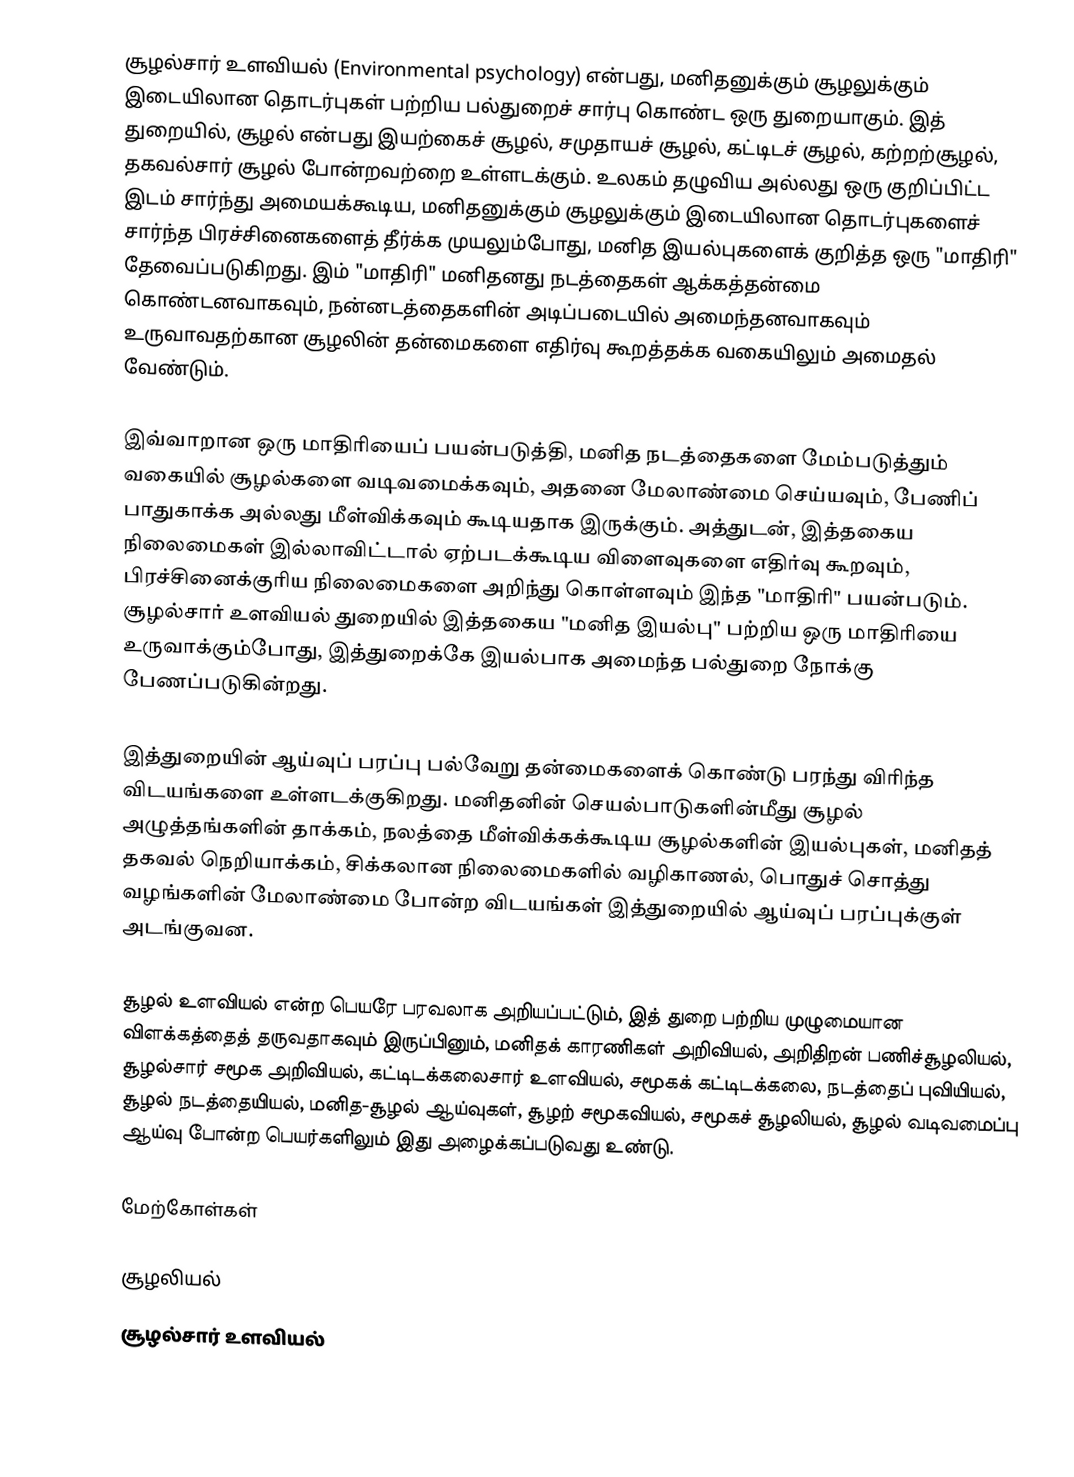
சூழல்சார் உளவியல் (Environmental psychology) என்பது, மனிதனுக்கும் சூழலுக்கும் இடையிலான தொடர்புகள் பற்றிய பல்துறைச் சார்பு கொண்ட ஒரு துறையாகும். இத் துறையில், சூழல் என்பது இயற்கைச் சூழல், சமுதாயச் சூழல், கட்டிடச் சூழல், கற்றற்சூழல், தகவல்சார் சூழல் போன்றவற்றை உள்ளடக்கும். உலகம் தழுவிய அல்லது ஒரு குறிப்பிட்ட இடம் சார்ந்து அமையக்கூடிய, மனிதனுக்கும் சூழலுக்கும் இடையிலான தொடர்புகளைச் சார்ந்த பிரச்சினைகளைத் தீர்க்க முயலும்போது, மனித இயல்புகளைக் குறித்த ஒரு "மாதிரி" தேவைப்படுகிறது. இம் "மாதிரி" மனிதனது நடத்தைகள் ஆக்கத்தன்மை கொண்டனவாகவும், நன்னடத்தைகளின் அடிப்படையில் அமைந்தனவாகவும் உருவாவதற்கான சூழலின் தன்மைகளை எதிர்வு கூறத்தக்க வகையிலும் அமைதல் வேண்டும்.

இவ்வாறான ஒரு மாதிரியைப் பயன்படுத்தி, மனித நடத்தைகளை மேம்படுத்தும் வகையில் சூழல்களை வடிவமைக்கவும், அதனை மேலாண்மை செய்யவும், பேணிப் பாதுகாக்க அல்லது மீள்விக்கவும் கூடியதாக இருக்கும். அத்துடன், இத்தகைய நிலைமைகள் இல்லாவிட்டால் ஏற்படக்கூடிய விளைவுகளை எதிர்வு கூறவும், பிரச்சினைக்குரிய நிலைமைகளை அறிந்து கொள்ளவும் இந்த "மாதிரி" பயன்படும். சூழல்சார் உளவியல் துறையில் இத்தகைய "மனித இயல்பு" பற்றிய ஒரு மாதிரியை உருவாக்கும்போது, இத்துறைக்கே இயல்பாக அமைந்த பல்துறை நோக்கு பேணப்படுகின்றது.

இத்துறையின் ஆய்வுப் பரப்பு பல்வேறு தன்மைகளைக் கொண்டு பரந்து விரிந்த விடயங்களை உள்ளடக்குகிறது. மனிதனின் செயல்பாடுகளின்மீது சூழல் அழுத்தங்களின் தாக்கம், நலத்தை மீள்விக்கக்கூடிய சூழல்களின் இயல்புகள், மனிதத் தகவல் நெறியாக்கம், சிக்கலான நிலைமைகளில் வழிகாணல், பொதுச் சொத்து வழங்களின் மேலாண்மை போன்ற விடயங்கள் இத்துறையில் ஆய்வுப் பரப்புக்குள் அடங்குவன.

சூழல் உளவியல் என்ற பெயரே பரவலாக அறியப்பட்டும், இத் துறை பற்றிய முழுமையான விளக்கத்தைத் தருவதாகவும் இருப்பினும், மனிதக் காரணிகள் அறிவியல், அறிதிறன் பணிச்சூழலியல், சூழல்சார் சமூக அறிவியல், கட்டிடக்கலைசார் உளவியல், சமூகக் கட்டிடக்கலை, நடத்தைப் புவியியல், சூழல் நடத்தையியல், மனித-சூழல் ஆய்வுகள், சூழற் சமூகவியல், சமூகச் சூழலியல், சூழல் வடிவமைப்பு ஆய்வு போன்ற பெயர்களிலும் இது அழைக்கப்படுவது உண்டு.

மேற்கோள்கள்

சூழலியல்
சூழல்சார் உளவியல்